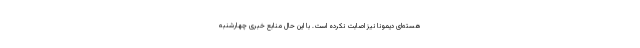
هسته‌ای دیمونا نیز اصابت نکرده است. با این حال منابع خبری چهارشنبه